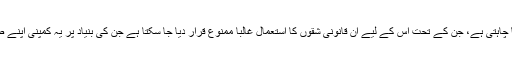
فیس بک اپنے خلاف ان ممکنہ عدالتی اقدامات سے بچنا چاہتی ہے، جن کے تحت اس کے لیے ان قانونی شقوں کا استعمال غالبا ممنوع قرار دیا جا سکتا ہے جن کی بنیاد پر یہ کمپنی اپنے صارفین کا نجی ڈیٹا ابھی تک امریکا منتقل کر دیتی ہے۔